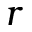
r